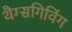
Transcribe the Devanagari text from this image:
थैग्सगिविंग